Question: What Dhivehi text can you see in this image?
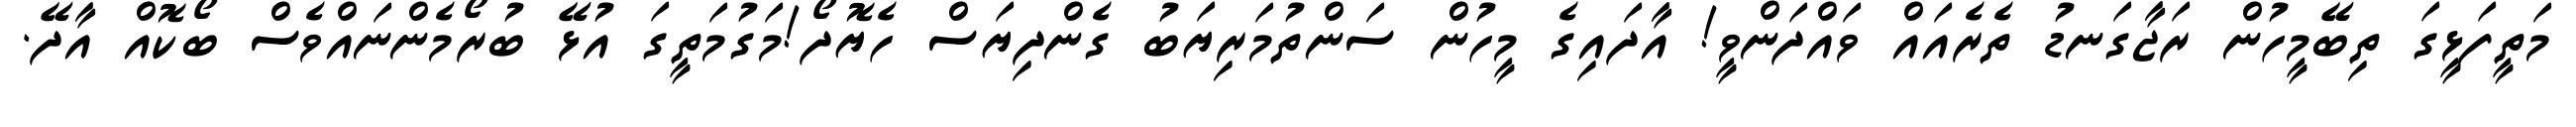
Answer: މަތީފަޅީގަ ތިބޭމީހުން ރަޖާގަނޑު ތެރެއައް ވައްދަންވީ! އާދައިގެ މީހުން ސަންތުމަރިޔަބު ގެންދިޔަސް ހެޔޮދޯ!މަގުމަތީގަ އުޅޭ ބުރޯމެންނައްވެސް ބޯކޮއް އާދޭ.